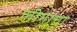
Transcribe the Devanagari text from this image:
लीगाचा